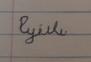
Signature authenticity: forged